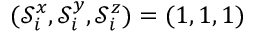
( \mathcal { S } _ { i } ^ { x } , \mathcal { S } _ { i } ^ { y } , \mathcal { S } _ { i } ^ { z } ) = ( 1 , 1 , 1 )